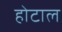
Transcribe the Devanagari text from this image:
होटाल